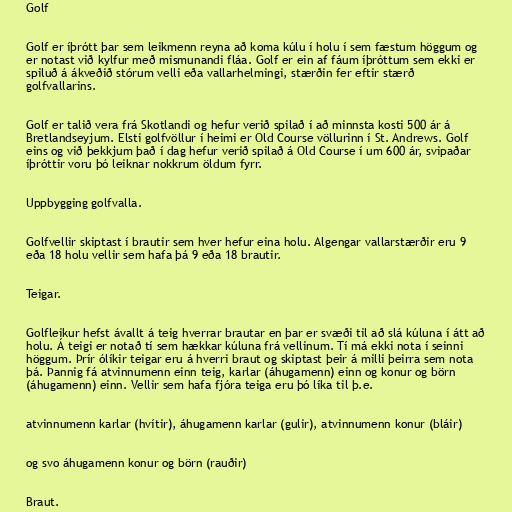
Golf

Golf er íþrótt þar sem leikmenn reyna að koma kúlu í holu í sem fæstum höggum og
er notast við kylfur með mismunandi fláa. Golf er ein af fáum íþróttum sem ekki er
spiluð á ákveðið stórum velli eða vallarhelmingi, stærðin fer eftir stærð
golfvallarins.

Golf er talið vera frá Skotlandi og hefur verið spilað í að minnsta kosti 500 ár á
Bretlandseyjum. Elsti golfvöllur í heimi er Old Course völlurinn í St. Andrews. Golf
eins og við þekkjum það í dag hefur verið spilað á Old Course í um 600 ár, svipaðar
íþróttir voru þó leiknar nokkrum öldum fyrr.

Uppbygging golfvalla.

Golfvellir skiptast í brautir sem hver hefur eina holu. Algengar vallarstærðir eru 9
eða 18 holu vellir sem hafa þá 9 eða 18 brautir.

Teigar.

Golfleikur hefst ávallt á teig hverrar brautar en þar er svæði til að slá kúluna í átt að
holu. Á teigi er notað tí sem hækkar kúluna frá vellinum. Tí má ekki nota í seinni
höggum. Þrír ólíkir teigar eru á hverri braut og skiptast þeir á milli þeirra sem nota
þá. Þannig fá atvinnumenn einn teig, karlar (áhugamenn) einn og konur og börn
(áhugamenn) einn. Vellir sem hafa fjóra teiga eru þó líka til þ.e.

atvinnumenn karlar (hvítir), áhugamenn karlar (gulir), atvinnumenn konur (bláir)

og svo áhugamenn konur og börn (rauðir)

Braut.